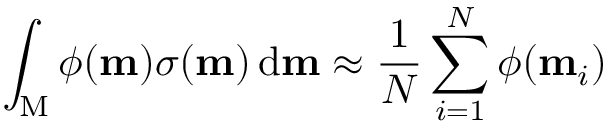
\int _ { \mathrm { M } } \phi ( \mathbf { m } ) \sigma ( \mathbf { m } ) \, \mathrm { d } \mathbf { m } \approx \frac { 1 } { N } \sum _ { i = 1 } ^ { N } \phi ( \mathbf { m } _ { i } )